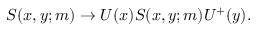
S ( x , y ; m ) \rightarrow U ( x ) S ( x , y ; m ) U ^ { + } ( y ) .